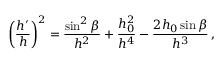
\left( \frac { h ^ { \prime } } { h } \right) ^ { 2 } = \frac { \sin ^ { 2 } \beta } { h ^ { 2 } } + \frac { h _ { 0 } ^ { 2 } } { h ^ { 4 } } - \frac { 2 h _ { 0 } \sin \beta } { h ^ { 3 } } \, ,